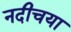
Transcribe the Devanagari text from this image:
नदीचया